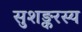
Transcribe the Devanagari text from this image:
सुशङ्करस्य